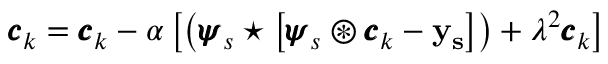
{ \pmb { c } } _ { k } = { \pmb { c } } _ { k } - \alpha \left[ \left( { \pmb { \psi } } _ { s } \star \left[ { \pmb { \psi } } _ { s } \circledast { \pmb { c } } _ { k } - \bf y _ { s } \right] \right) + \lambda ^ { 2 } { \pmb { c } } _ { k } \right]